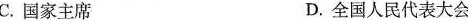
C.国家主席 D.全国人民代表大会